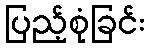
ပြည့်စုံခြင်း